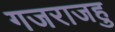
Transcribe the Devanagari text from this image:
गजराजहु